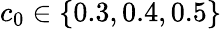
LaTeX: c_{0}\in\{ 0.3,0.4,0.5\}